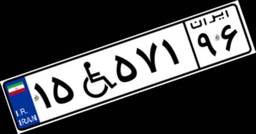
۱۵W۵۷۱۹۶